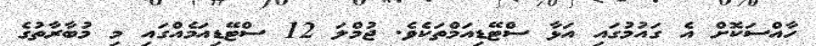
ހާއްސަކޮށް އެ ގައުމުގައި އަޅާ ސްޓޭޑިއަމްތަކެވެ. ޖުމްލަ 12 ސްޓޭޑިއަމެއްގައި މި މުބާރާތުގެ